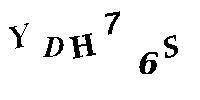
YDH76S